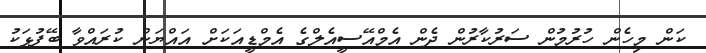
ކަން މިހެން ހުރުމުން ސަރުކާރުން ދެން އެމްްއޭސީއެލްގެ އެމްޑީއަކަށް އައްޔަން ކުރައްވާ ބޭފުޅަކު